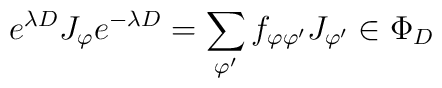
e^{\lambda D}J_{\varphi }e^{-\lambda D}=\sum_{\varphi ^{\prime }}f_{\varphi\varphi ^{\prime }}J_{\varphi ^{\prime }}\in \Phi _{D}